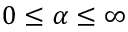
0 \leq \alpha \le \infty